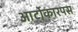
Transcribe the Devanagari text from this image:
आर्टोकारपस